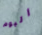
اليوم